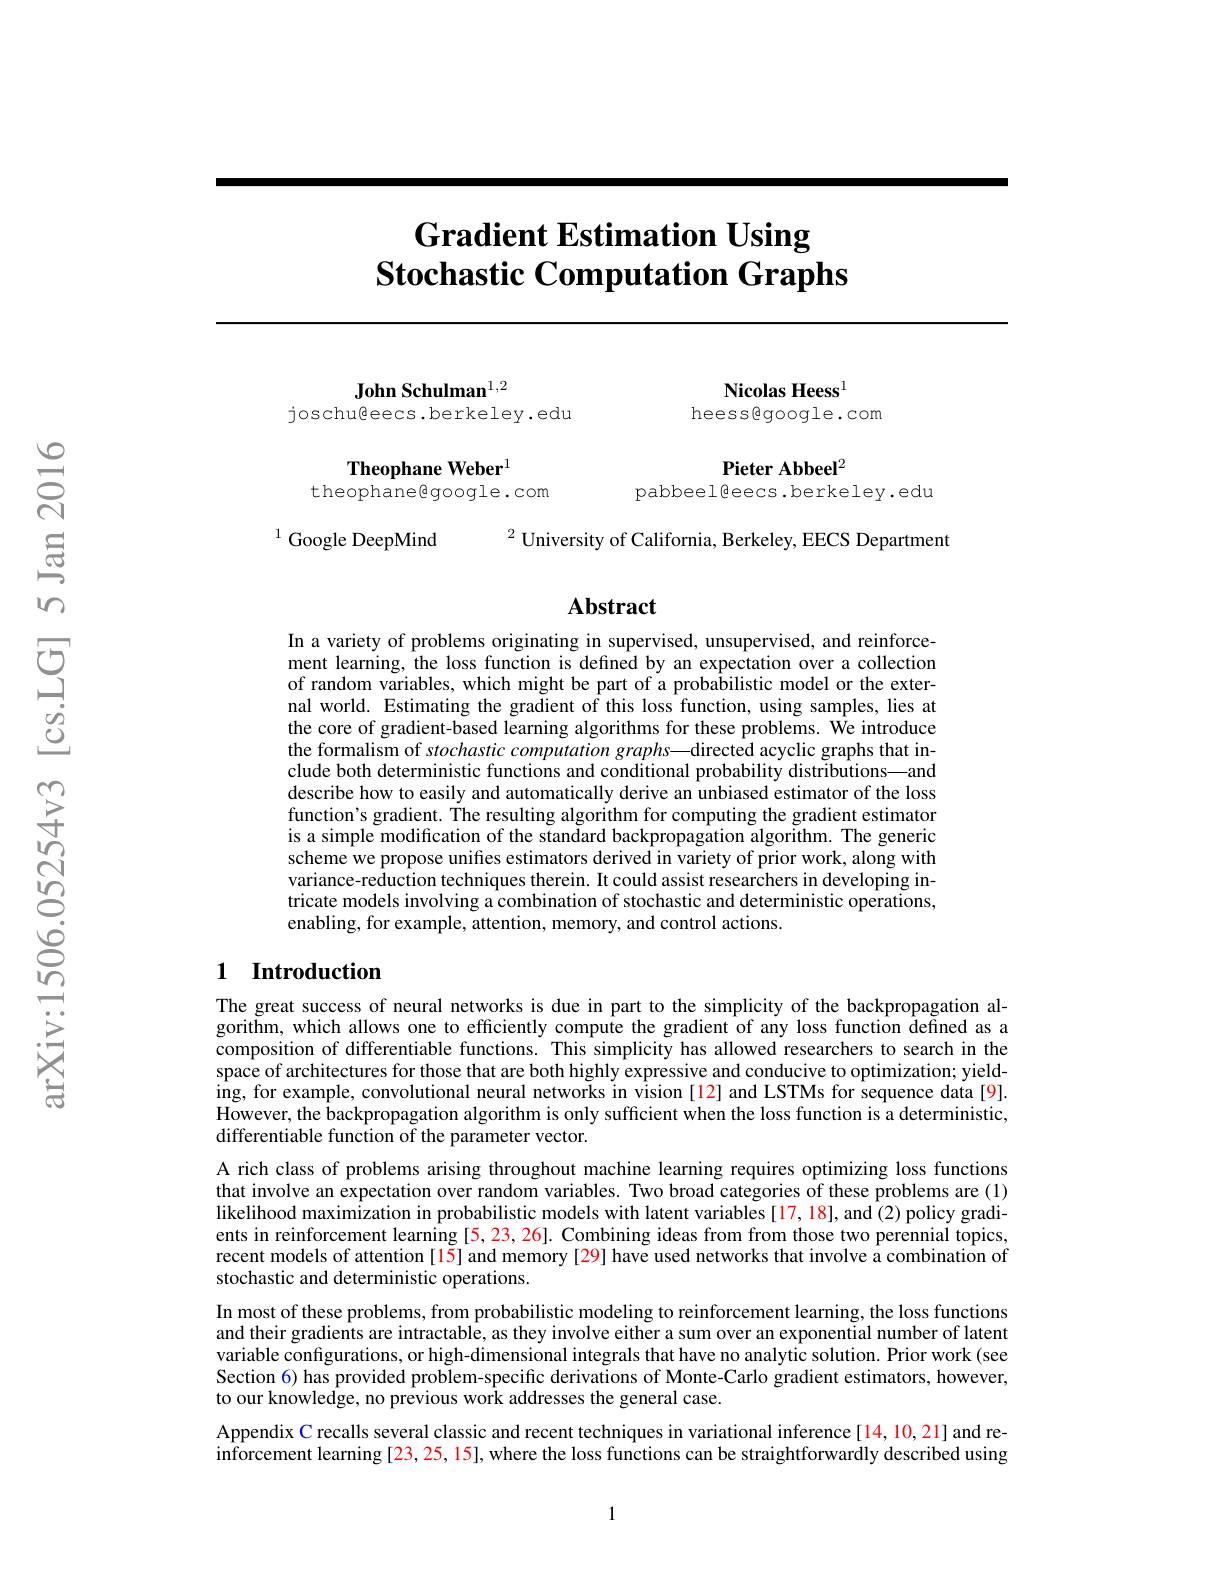
# Gradient Estimation Using $\textbf{Stochastic Computation Graphs}$

John Schulman$^{1,2}$
joschugeecs.berkeley.edu

Nicolas Heess
heessegoogle.com

Pieter Abbeel$^2$
pabbeelêeecs.berkeley.edu

Theophane Weber$^{1}$
theophanegoogle.com

$^{2}$ University of California, Berkeley, EECS Department

$^{1}$ Google DeepMind

## Abstract

In a variety of problems originating in supervised, unsupervised, and reinforcement learning, the loss function is defined by an expectation over a collection of random variables, which might be part of a probabilistic model or the external world. Estimating the gradient of this loss function, using samples, lies at the core of gradient-based learning algorithms for these problems. We introduce the formalism of stochastic computation graphs——directed acyclic graphs that include both deterministic functions and conditional probability distributions—and describe how to easily and automatically derive an unbiased estimator of the loss function's gradient. The resulting algorithm for computing the gradient estimator is a simple modification of the standard backpropagation algorithm. The generic scheme we propose unifies estimators derived in variety of prior work, along with variance-reduction techniques therein. It could assist researchers in developing intricate models involving a combination of stochastic and deterministic operations, enabling, for example, attention, memory, and control actions.

## 1 Introduction

The great success of neural networks is due in part to the simplicity of the backpropagation algorithm, which allows one to efficiently compute the gradient of any loss function defined as a composition of differentiable functions. This simplicity has allowed researchers to search in the space of architectures for those that are both highly expressive and conducive to optimization; yielding, for example, convolutional neural networks in vision [12] and LSTMs for sequence data[9]. However, the backpropagation algorithm is only sufficient when the loss function is a deterministic, differentiable function of the parameter vector.
A rich class of problems arising throughout machine learning requires optimizing loss functions that involve an expectation over random variables. Two broad categories of these problems are (1) likelihood maximization in probabilistic models with latent variables [17, 18], and (2) policy gradients in reinforcement learning [5,23,26]. Combining ideas from from those two perennial topics, recent models of attention [15] and memory [29] have used networks that involve a combination of stochastic and deterministic operations.
In most of these problems, from probabilistic modeling to reinforcement learning, the loss functions and their gradients are intractable, as they involve either a sum over an exponential number of latent variable configurations, or high-dimensional integrals that have no analytic solution. Prior work (see Section 6) has provided problem-specific derivations of Monte-Carlo gradient estimators, however, to our knowledge, no previous work addresses the general case.
Appendix C recalls several classic and recent techniques in variational inference[14,10,21] and reinforcement learning [23,25,15], where the loss functions can be straightforwardly described using

1